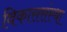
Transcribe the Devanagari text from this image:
विकाससंस्था